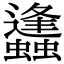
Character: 蠭